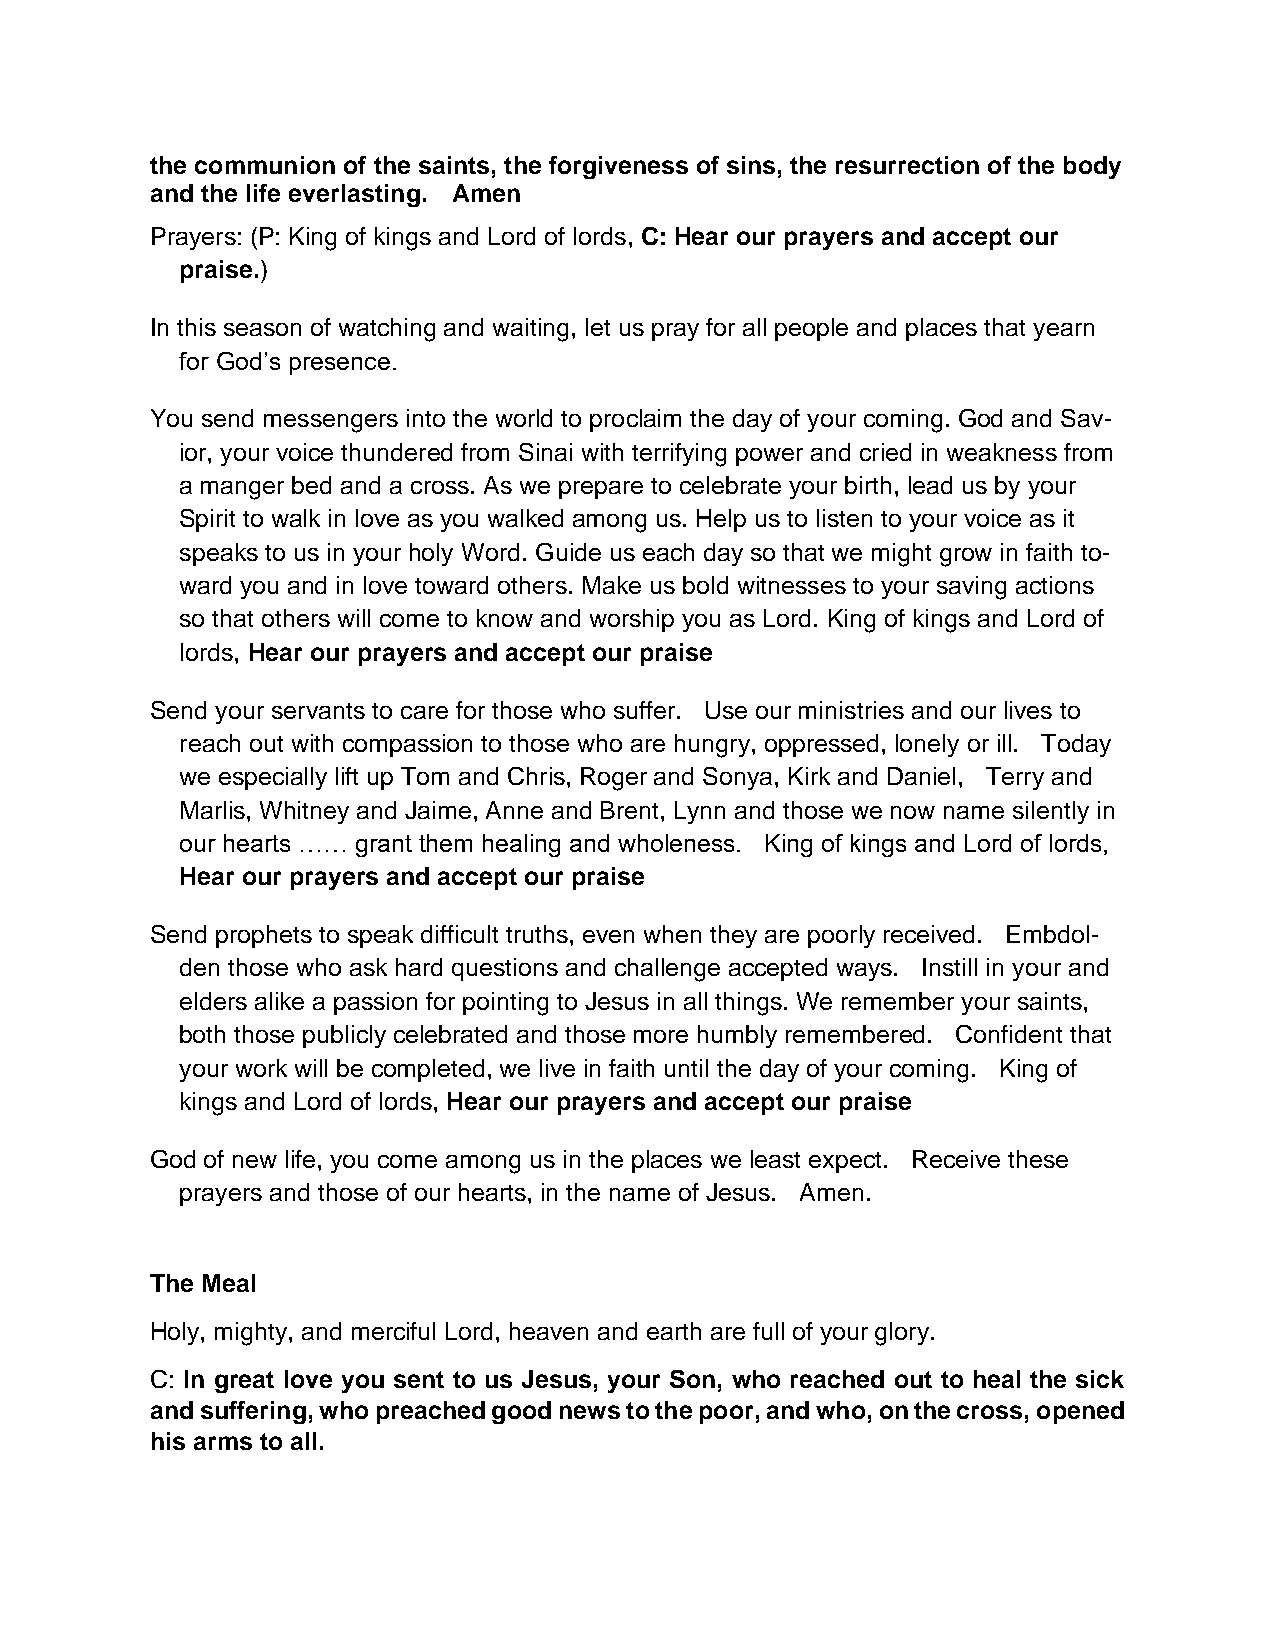
the communion of the saints, the forgiveness of sins, the resurrection of the body
 and the life everlasting. Amen
 Prayers: (P: King of kings and Lord of lords, C: Hear our prayers and accept our
 praise.)
 In this season of watching and waiting, let us pray for all people and places that yearn
 for God’s presence.
 You send messengers into the world to proclaim the day of your coming. God and Sav-
 ior, your voice thundered from Sinai with terrifying power and cried in weakness from
 a manger bed and a cross. As we prepare to celebrate your birth, lead us by your
 Spirit to walk in love as you walked among us. Help us to listen to your voice as it
 speaks to us in your holy Word. Guide us each day so that we might grow in faith to-
 ward you and in love toward others. Make us bold witnesses to your saving actions
 so that others will come to know and worship you as Lord. King of kings and Lord of
 lords, Hear our prayers and accept our praise
 Send your servants to care for those who suffer. Use our ministries and our lives to
 reach out with compassion to those who are hungry, oppressed, lonely or ill. Today
 we especially lift up Tom and Chris, Roger and Sonya, Kirk and Daniel, Terry and
 Marlis, Whitney and Jaime, Anne and Brent, Lynn and those we now name silently in
 our hearts …… grant them healing and wholeness. King of kings and Lord of lords,
 Hear our prayers and accept our praise
 Send prophets to speak difficult truths, even when they are poorly received. Embdol-
 den those who ask hard questions and challenge accepted ways. Instill in your and
 elders alike a passion for pointing to Jesus in all things. We remember your saints,
 both those publicly celebrated and those more humbly remembered. Confident that
 your work will be completed, we live in faith until the day of your coming. King of
 kings and Lord of lords, Hear our prayers and accept our praise
 God of new life, you come among us in the places we least expect. Receive these
 prayers and those of our hearts, in the name of Jesus. Amen.
 The Meal
 Holy, mighty, and merciful Lord, heaven and earth are full of your glory.
 C: In great love you sent to us Jesus, your Son, who reached out to heal the sick
 and suffering, who preached good news to the poor, and who, on the cross, opened
 his arms to all.